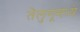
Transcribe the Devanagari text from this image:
तेलुगूमध्ये